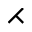
\rightthreetimes